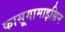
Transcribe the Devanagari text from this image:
कासूगामाइसिन